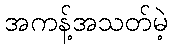
အကန့်အသတ်မဲ့